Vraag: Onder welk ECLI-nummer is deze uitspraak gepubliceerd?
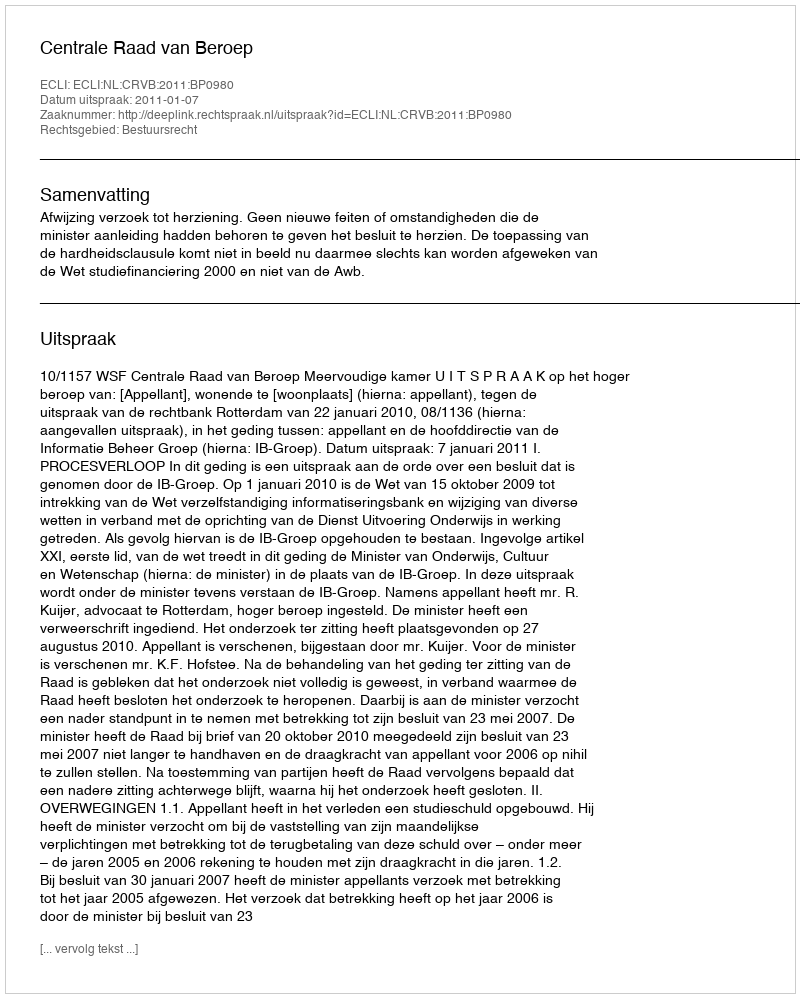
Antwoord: ECLI:NL:CRVB:2011:BP0980